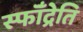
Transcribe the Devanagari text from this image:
स्फॉँद्रेति